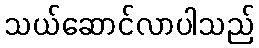
သယ်ဆောင်လာပါသည်